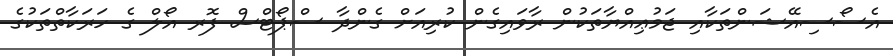
އެސޯސިއޭޝަންތަކާއި ޖަމުޢިއްޔާތަކުން ރާވައިގެން ކުރިއަށް ގެންދާ ސްޕޯޓްސް ފޮރ އޯލް ގެ ހަރަކާތްތަކުގެ